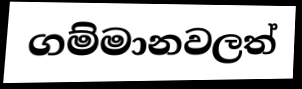
ගම්මානවලත්